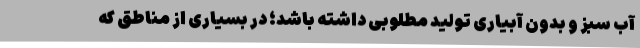
آب سبز و بدون آبیاری تولید مطلوبی داشته باشد؛ در بسیاری از مناطق که